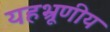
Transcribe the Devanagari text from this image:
यहभ्रूणीय